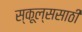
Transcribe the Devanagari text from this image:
स्कूल्ससाठी